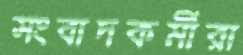
সংবাদকর্মীরা